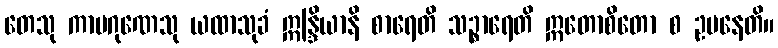
တေသု ကာမဂုဏေသု ယထာသုခံ ဣန္ဒြိယာနိ စာရေတိ သဉ္စာရေတိ ဣတောစိတော စ ဥပနေတိ။